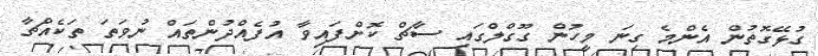
ގުޅޭގޮތުން އެންމެ ގިނަ މީހުން ގޫގްލްގައި ސާޗް ކޮށްފައިވާ އުފެއްދުންތައް ނުވަތަ ތަކެއްޗާ